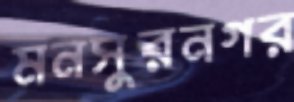
মনসুরনগর